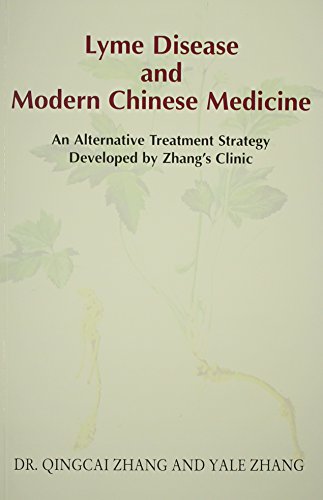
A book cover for Lyme Disease and Modern Chinese Medicine; Dr. QingCai Zhang; Health, Fitness & Dieting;